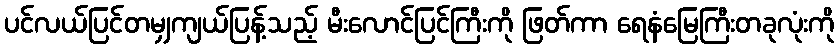
ပင်လယ်ပြင်တမျှကျယ်ပြန့်သည့် မီးလောင်ပြင်ကြီးကို ဖြတ်ကာ ရေနံမြေကြီးတခုလုံးကို